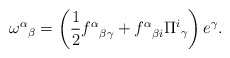
\begin{align*}{\omega^\alpha}_\beta=\left({1\over 2}{f^{\alpha}}_{\beta\gamma} +{f^{\alpha}}_{\beta i}{\Pi^i}_\gamma\right)e^\gamma.\end{align*}